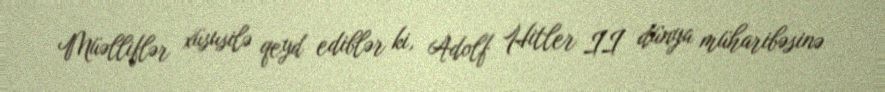
Müəlliflər xüsusilə qeyd ediblər ki, Adolf Hitler II dünya müharibəsinə